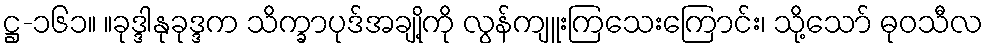
ဋ္ဌ-၁၆၁။ ။ခုဒ္ဒါနုခုဒ္ဒက သိက္ခာပုဒ်အချို့ကို လွန်ကျူးကြသေးကြောင်း၊ သို့သော် ဓုဝသီလ